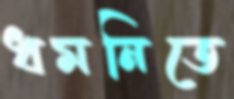
ধমনিতে